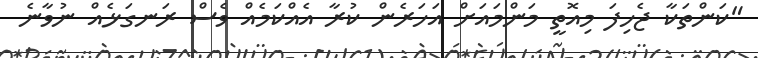
"ކަންތަކާ ޖެހިފަ މިއޮތީ މަންމައަށް އަހަރެން ކުރާ އެއްކަމެއް ވެސް ރަނގަޅެއް ނުވާނެ